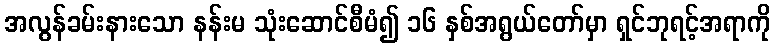
အလွန်ခမ်းနားသော နန်းမ သုံးဆောင်စီမံ၍ ၁၆ နှစ်အရွယ်တော်မှာ ရှင်ဘုရင့်အရာကို